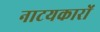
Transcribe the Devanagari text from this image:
नाटयकारों